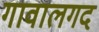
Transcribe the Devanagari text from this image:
गावालगद